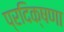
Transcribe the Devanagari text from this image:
प्रदिक्षणा